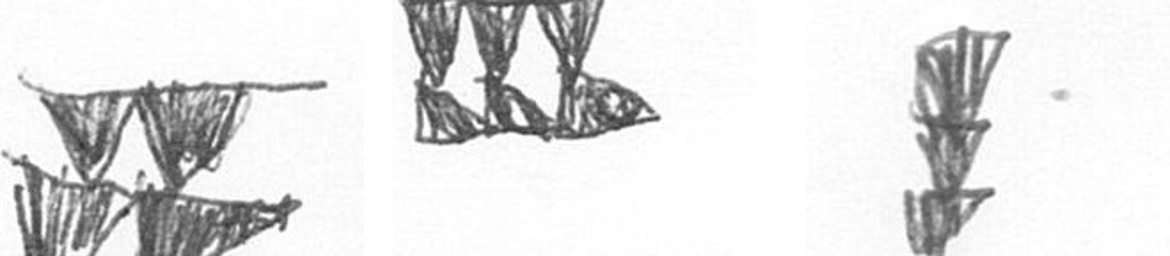
B D E